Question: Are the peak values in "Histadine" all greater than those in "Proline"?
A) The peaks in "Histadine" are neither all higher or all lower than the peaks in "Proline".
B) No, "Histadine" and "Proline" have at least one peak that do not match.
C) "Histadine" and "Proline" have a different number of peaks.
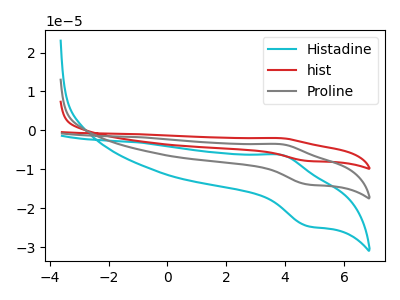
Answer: <think>The cyan curve "Histadine" has an anodic peak at (3.85V, -6.30uA) and a cathodic peak at (4.75V, -24.60uA). The red curve "hist" has an anodic peak at (3.85V, -7.10uA) and a cathodic peak at (4.75V, -27.80uA). The gray curve "Proline" has an anodic peak at (3.85V, -3.55uA) and a cathodic peak at (4.75V, -13.90uA).</think>
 <answer>A) The peaks in "Histadine" are neither all higher or all lower than the peaks in "Proline".</answer>
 <eval>A</eval>